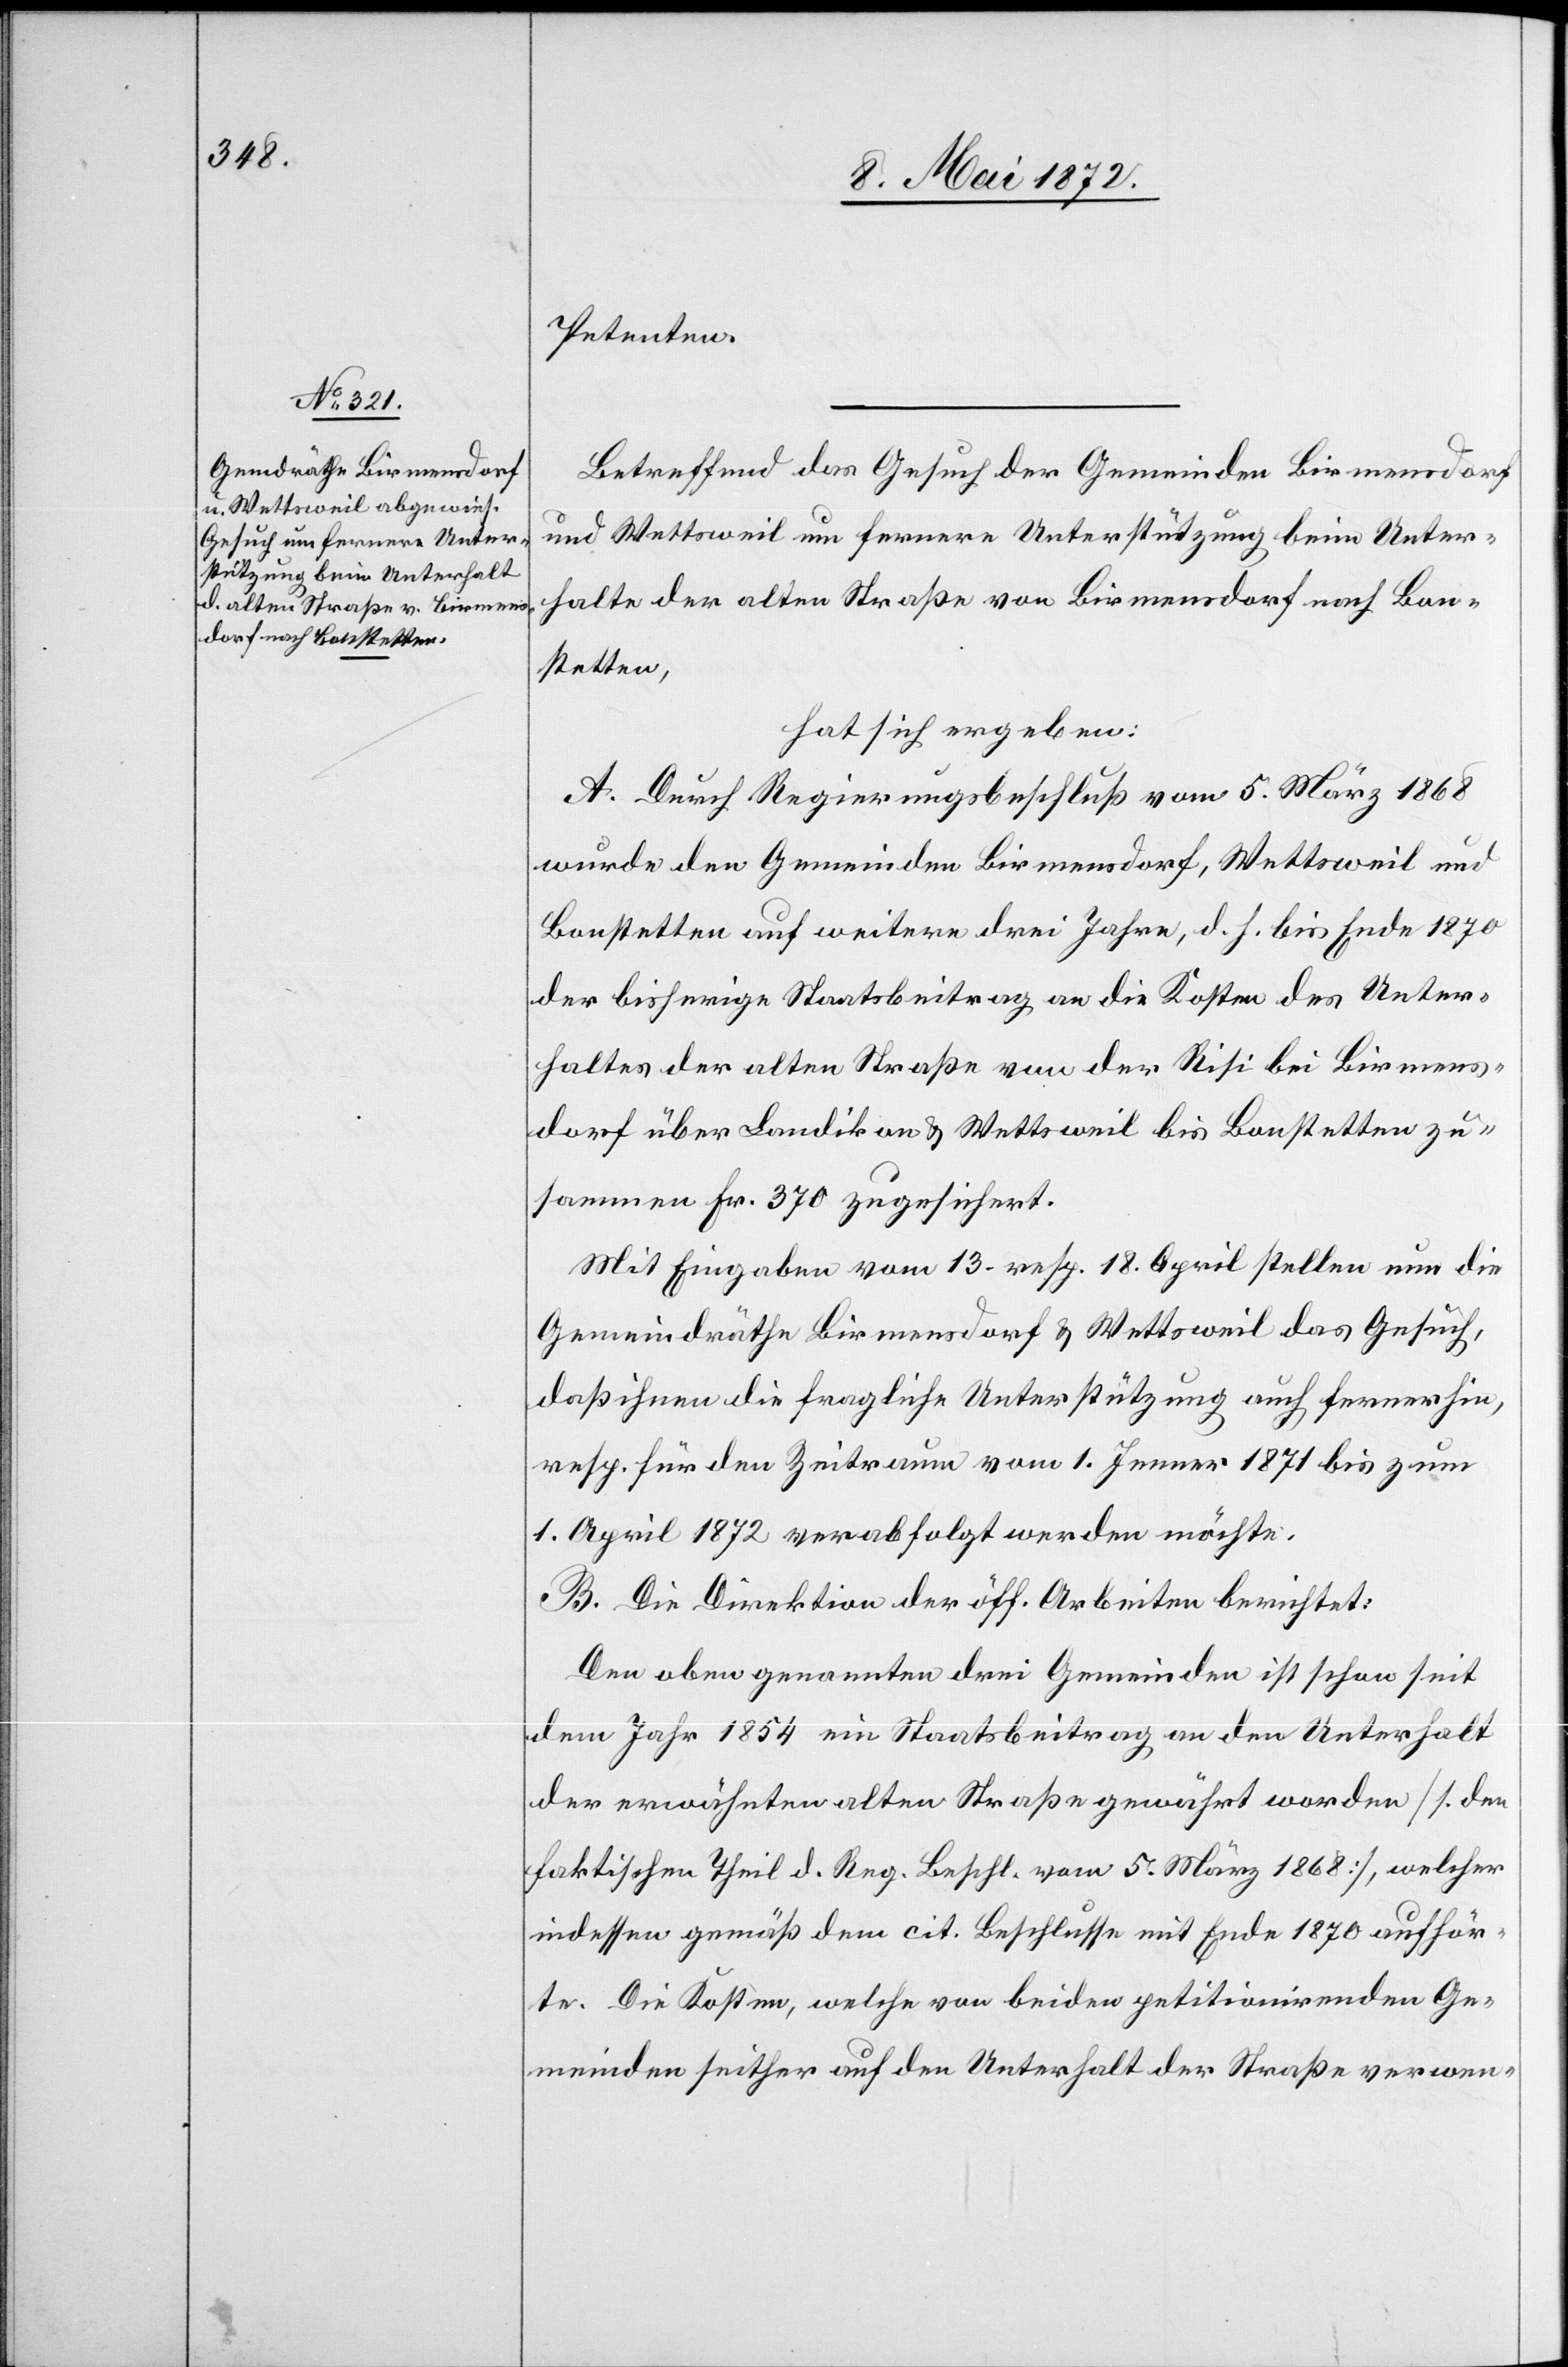
Petenten.